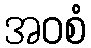
အဝစံ